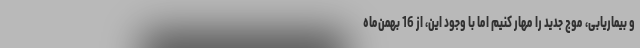
و بیماریابی، موج جدید را مهار کنیم اما با وجود این، از 16 بهمن‌ماه